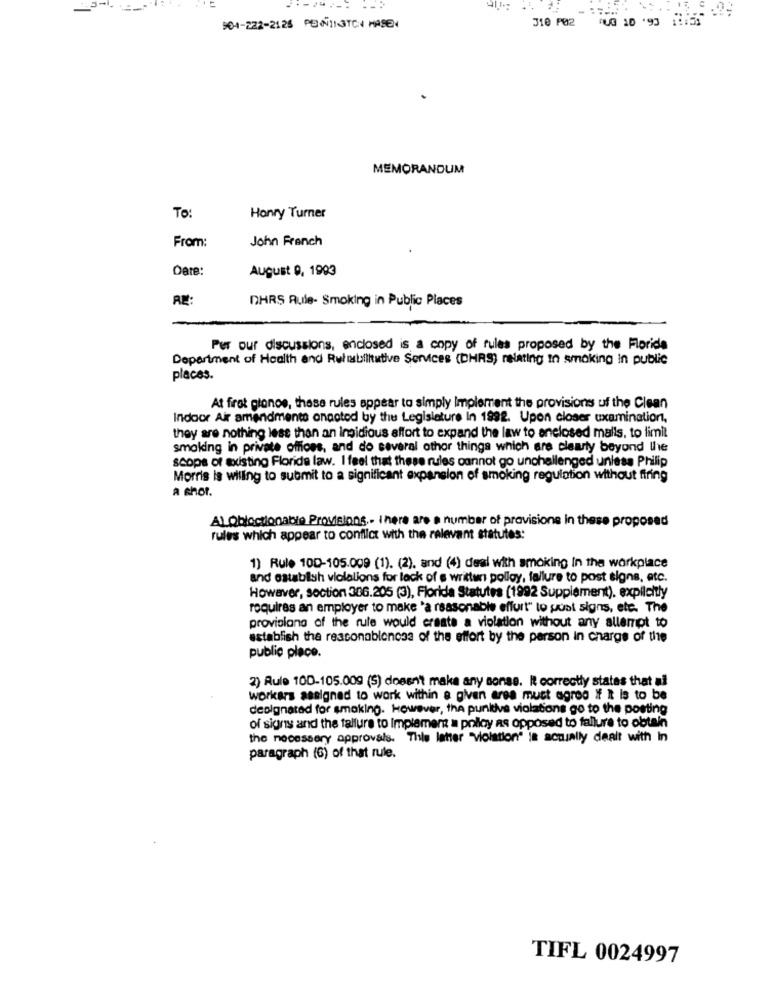
310 P02 AUG 1'90
904-222-2126 PENNINGTON HASEN
MEMORANDUM
To:
Honvry Turner
From:
John Franch
Date:
August , 1993
RE:
IHRS Aule- Smoking in Public Places
Per our discussions, enclosed is a copy of rules proposed by the Florida
Department of Health and Rulesbilitutive Services (DHRS) relating In smoking in public
places.
At firot gionos, these rules appear to simply Implement the provisions uf the Clean
Indoor Air amendments onpoted by the Legislature In 1992. Upon closer uxamination,
they are nothing less than an Insidious affort to expand the law to anelosed mails, to limit
smoking in private offices, and do several other things which are clearly beyond the
scope of existing Floride law. I feel that these rules cannot go unchallenged unless Philip
Morris is willing to submit to a significant expansion of smoking regulation without firing
a shor.
A) Objectionable Provisions .. There are a number of provisions in these proposed
rules which appear to conflict with the relevant statutes:
1) Rule 100-105.009 (1). (2), and (4) deal with smoking In the workplace
and establish violalions for lack of e written polloy, failure to post signs, etc.
However, section 306.205 (3), Florida Statutes (1992 Supplement). explicitly
requires an employer to make 'a reasonable effort" to post signs, etc. The
provisions of the rule would create a violation without any allempt to
establish the reasonablencss of the effort by the person in charge of the
public place.
2) Rule 100-105.009 (5) doesn't make any sonae. It correctly states that ai
workers assigned to work within a given area must agroo If It is to be
designated for smoking. However, the punitive violations go to the posting
of signs and the failure to Implement a polloy as opposed to failure to obtain
the necessary approvals. This latter "violation" is actually dealt with In
paragraph (6) of that rule.
TIFL 0024997